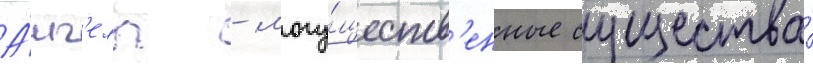
А́нг'елы - могу́ществ'енные существа́